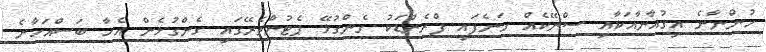
ހުންނާނެ އިގުއާނާއަކާއި ސްނޭކެއް ގަނެފައި ފްރެންޑަކު ގެންގުޅޭ ޕެޓުންތެރޭގައި ގެންގުޅެން އެހާ ބަސްއަހާނެ